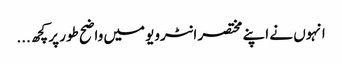
انہوں نے اپنے مختصر انٹرویو میں واضح طور پر کچھ...